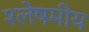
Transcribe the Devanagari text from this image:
श्लेषमीय